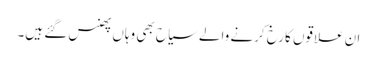
ان علاقوں کا رخ کرنے والے سیاح بھی وہاں پھنس گئے ہیں۔